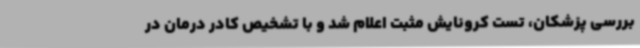
بررسی پزشکان، تست کرونایش مثبت اعلام شد و با تشخیص کادر درمان در